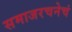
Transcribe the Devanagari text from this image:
समाजरचनेचं